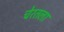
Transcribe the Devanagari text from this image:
चेरतला